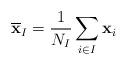
LaTeX: \begin{align*}\overline{\mathbf{x}}_I = \frac{1}{N_I} \sum_{i \in I} \mathbf{x}_i \end{align*}